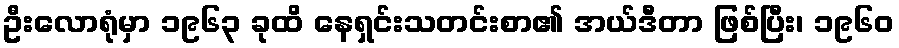
ဦးလောရုံမှာ ၁၉၆၃ ခုထိ နေရှင်းသတင်းစာ၏ အယ်ဒီတာ ဖြစ်ပြီး၊ ၁၉၆၀